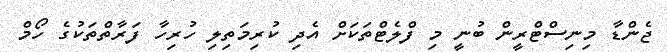
ޖެންޑާ މިނިސްޓްރީން ބުނީ މި ފްލެޓްތަކަށް އެދި ކުރިމަތިލި ހުރިހާ ފަރާތްތަކުގެ ހޯމް